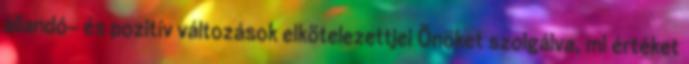
állandó- és pozitív változások elkötelezettjei Önöket szolgálva, mi értéket